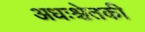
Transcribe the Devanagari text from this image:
अधःश्चेतकी